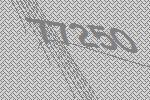
77250